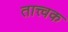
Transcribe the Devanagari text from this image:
तात्त्वक